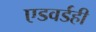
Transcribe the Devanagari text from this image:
एडवर्डही